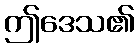
ဤဒေသ၏